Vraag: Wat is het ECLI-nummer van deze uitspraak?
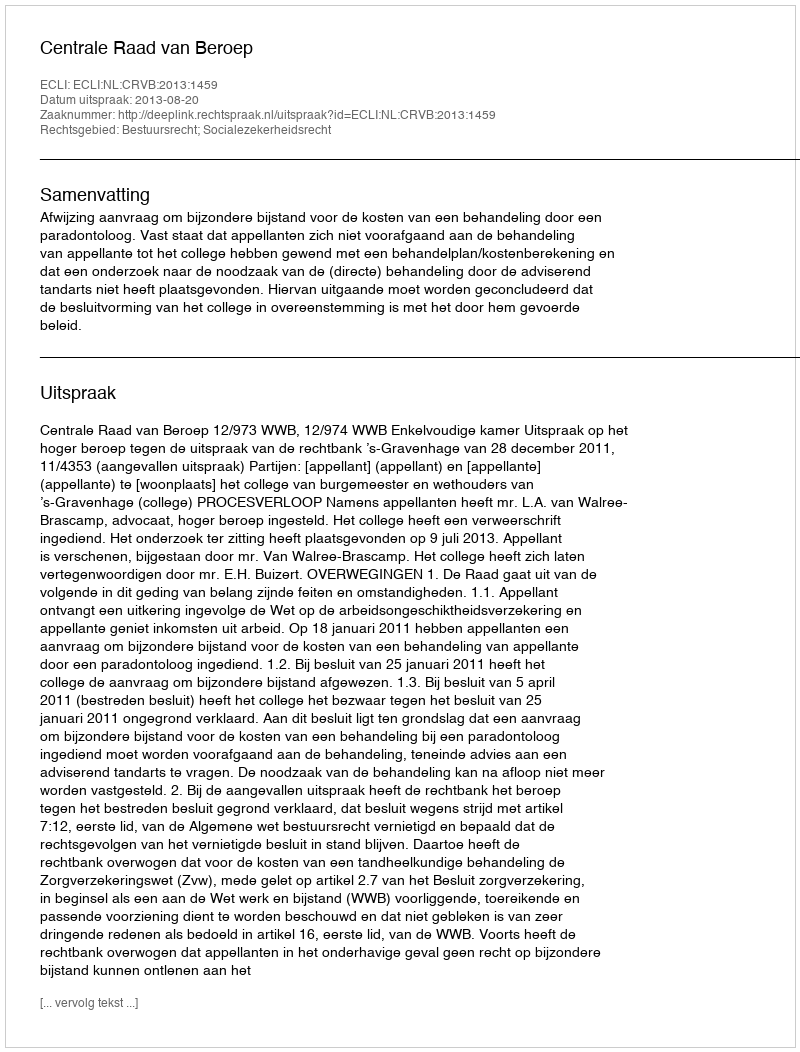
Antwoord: ECLI:NL:CRVB:2013:1459